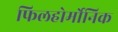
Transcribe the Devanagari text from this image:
फिलहोर्मोनिक